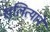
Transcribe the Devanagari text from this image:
खलित्याने